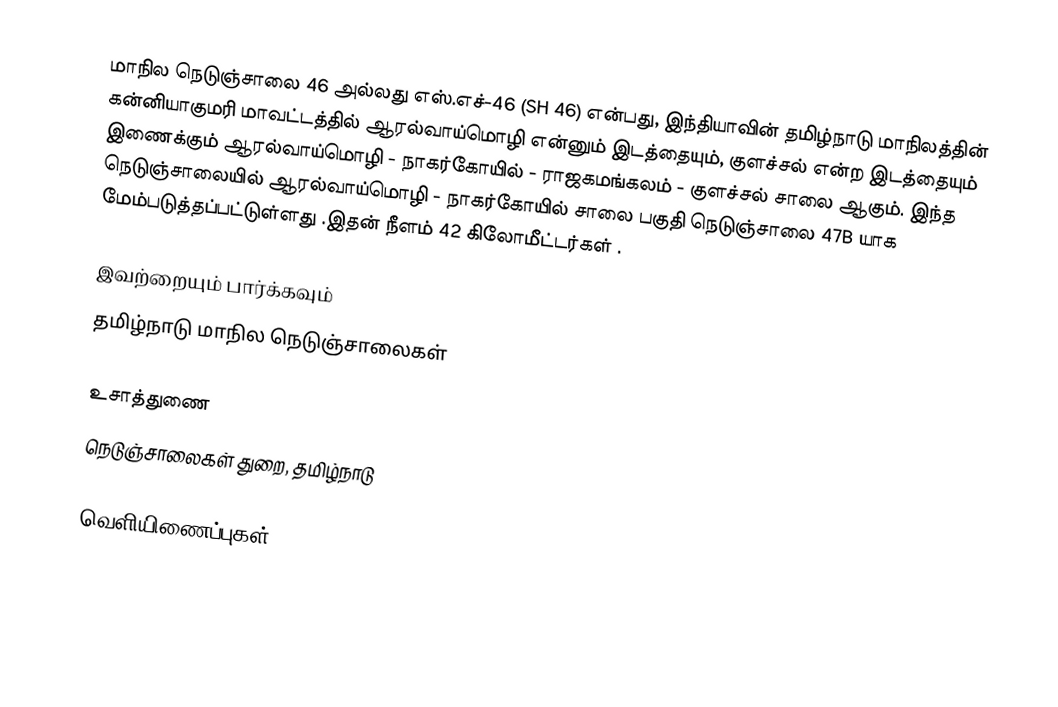
மாநில நெடுஞ்சாலை 46 அல்லது எஸ்.எச்-46 (SH 46) என்பது, இந்தியாவின் தமிழ்நாடு மாநிலத்தின் கன்னியாகுமரி மாவட்டத்தில் ஆரல்வாய்மொழி என்னும் இடத்தையும், குளச்சல் என்ற இடத்தையும் இணைக்கும் ஆரல்வாய்மொழி - நாகர்கோயில் - ராஜகமங்கலம் - குளச்சல் சாலை ஆகும். இந்த நெடுஞ்சாலையில் ஆரல்வாய்மொழி - நாகர்கோயில் சாலை பகுதி நெடுஞ்சாலை 47B யாக மேம்படுத்தப்பட்டுள்ளது .இதன் நீளம் 42 கிலோமீட்டர்கள் .

இவற்றையும் பார்க்கவும்
 தமிழ்நாடு மாநில நெடுஞ்சாலைகள்

உசாத்துணை
 நெடுஞ்சாலைகள் துறை, தமிழ்நாடு

வெளியிணைப்புகள்